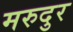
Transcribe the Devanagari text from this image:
मरुदुर